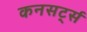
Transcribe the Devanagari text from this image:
कनसर्ट्स